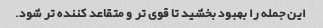
این جمله را بهبود بخشید تا قوی تر و متقاعد کننده تر شود.